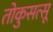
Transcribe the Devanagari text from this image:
तोकुसत्सू